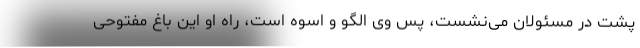
پشت در مسئولان می‌نشست، پس وی الگو و اسوه است، راه او این باغ مفتوحی